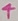
Text: 4